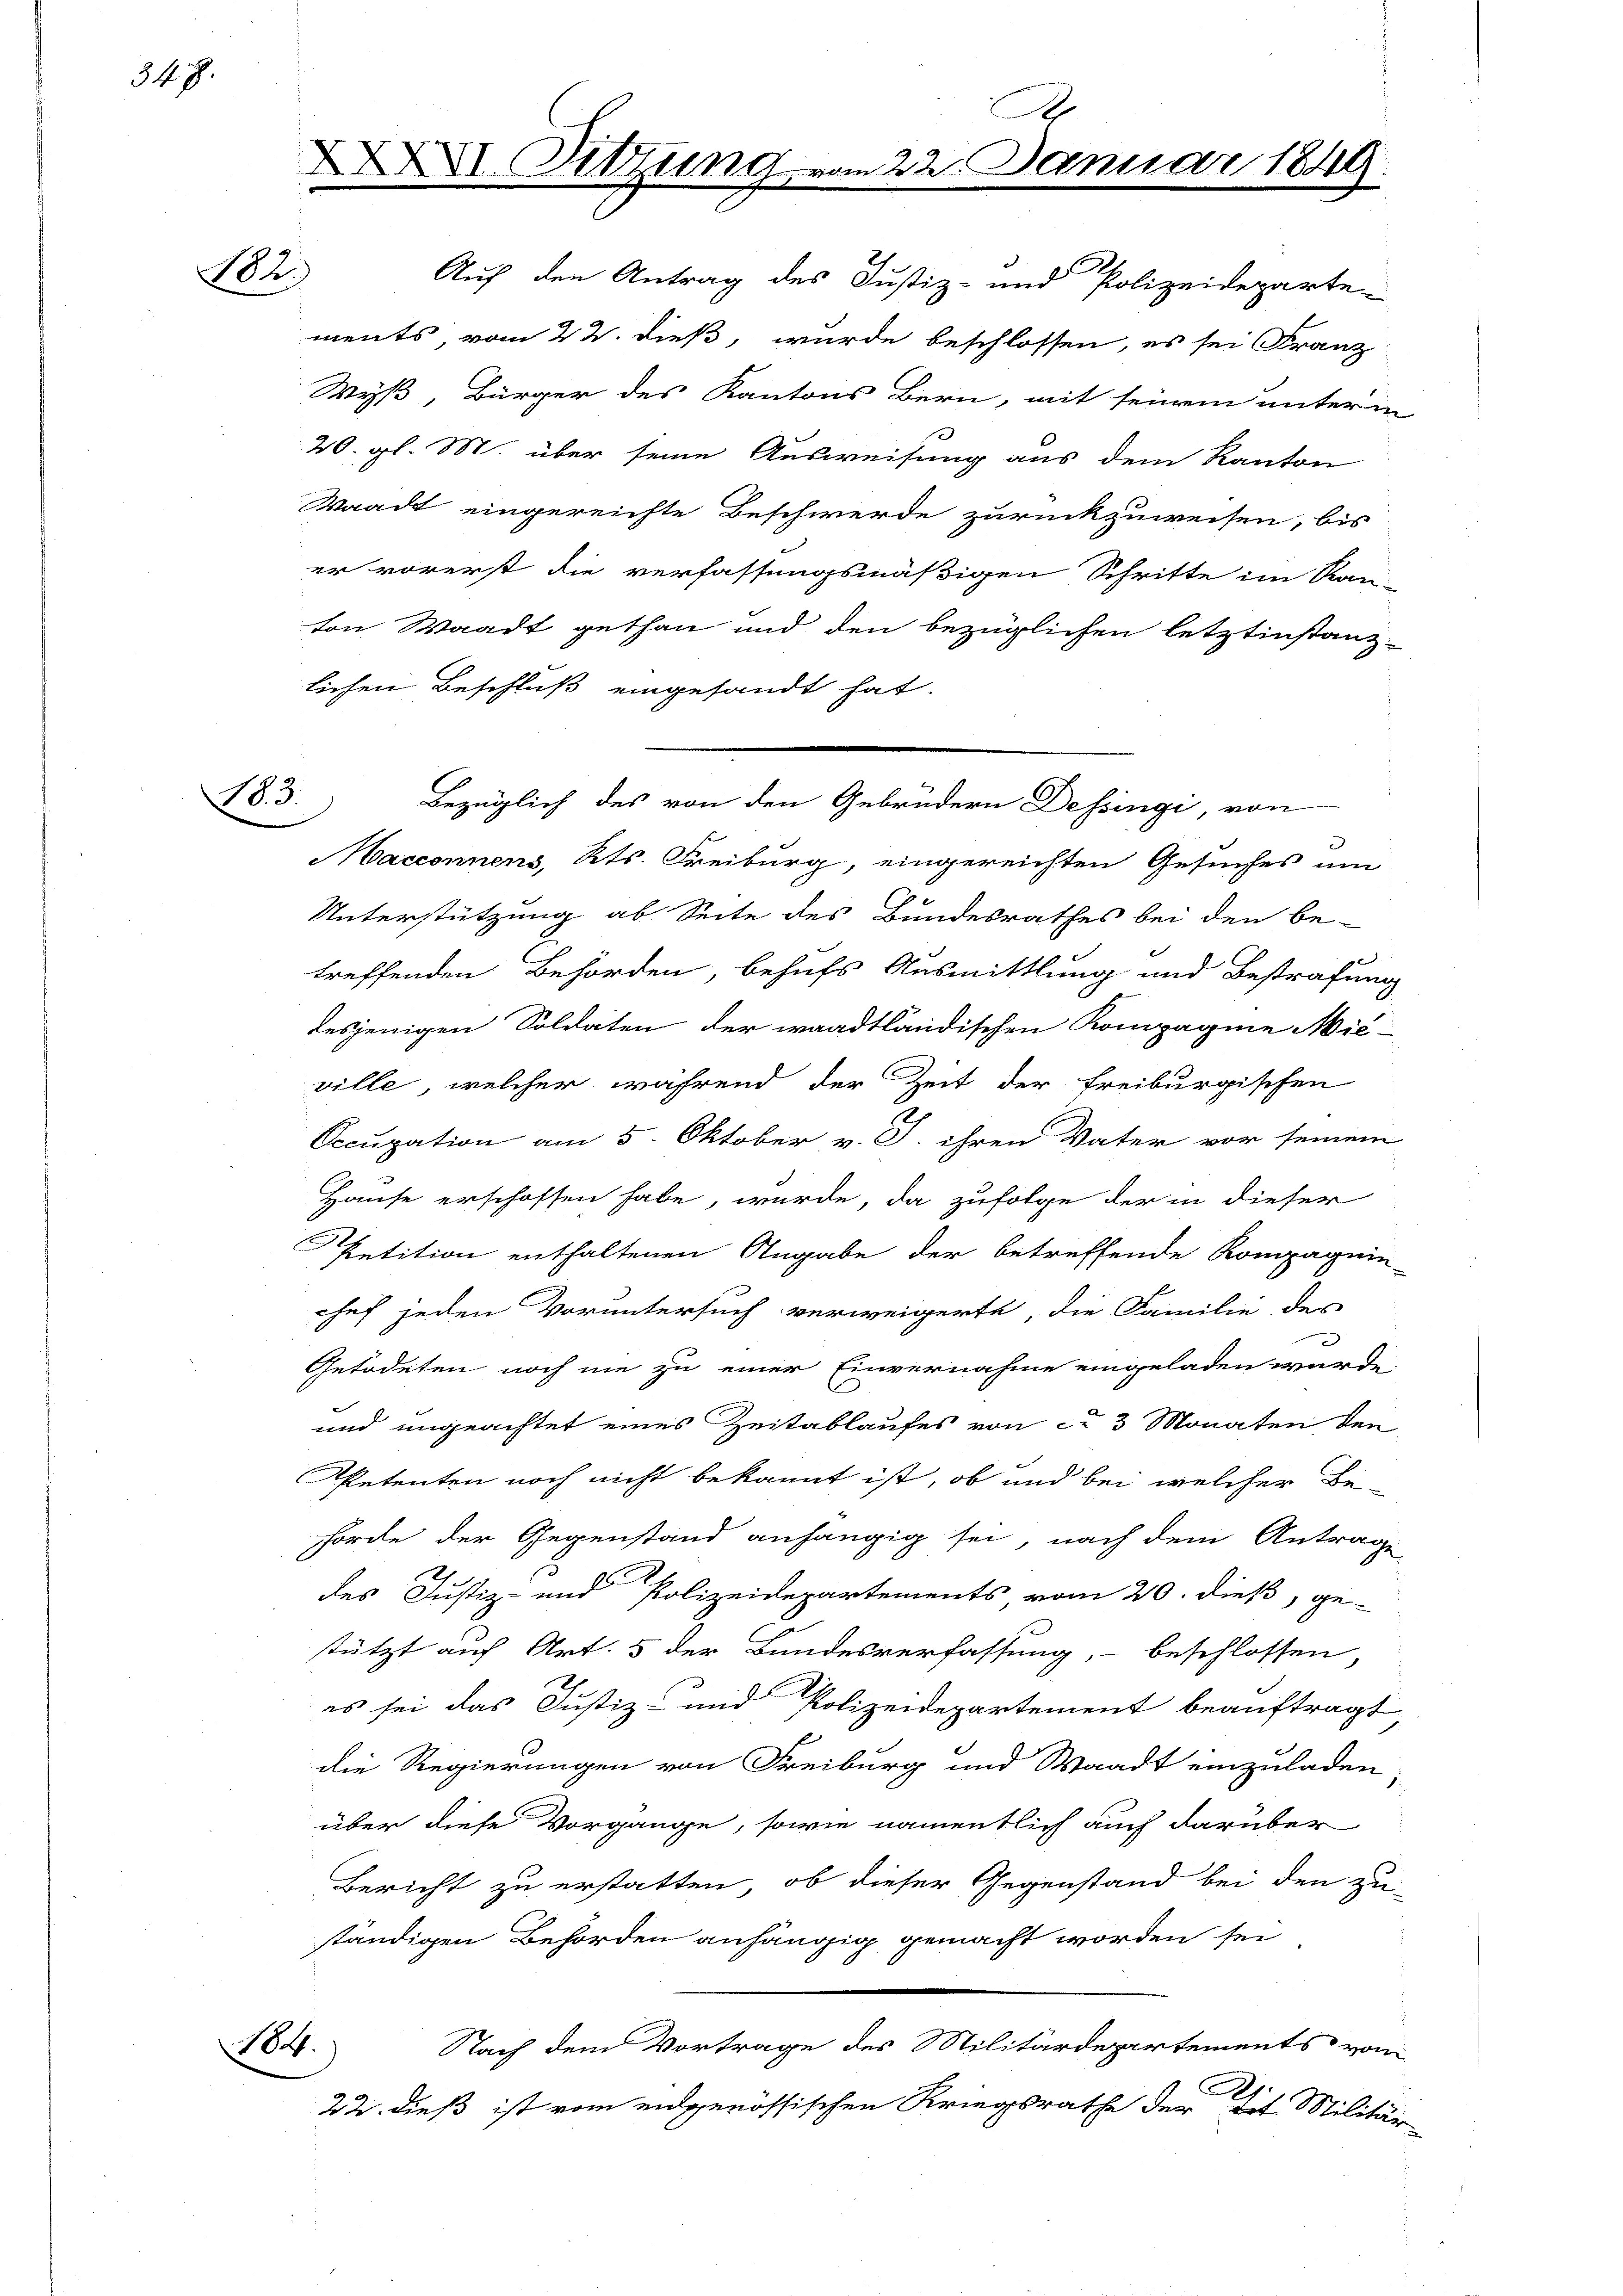
347.

02.

184.

XXXII. Sitzung
.

ments vom 22. dieß, wurde beschlossen, es sei Franz
Wyß, Bürger des Kantons Bern, mit seinem unterm
20. gl. M. über seine Ausweisung aus dem Kanton
Waadt eingereichte Beschwerde zurückzuweisen, bis
er vorerst die verfassungsmäßigen Schritte im Ran-
ton Waadt gethan und den bezüglichen letztinstanz-
lichen Beschluß eingesandt hat.
Haeconnens, Kts. Freiburg, eingereichten Gesuches um
Unterstützung ab Seite des Bundesrathes bei den be-
treffenden Behörden, behufs Ausmittlung und Bestrafung
desjenigen Soldaten der waadtländischen Kompagnie Nieville, welcher während der Zeit der freiburgischen
Occupation am 5. Oktober v. J. ihren Vater vor seinem
Hause erschossen habe, wurde, da zufolge der in dieser
Petition enthaltenen Angabe der betreffende Kompagnie-
hef jeden Voruntersuch verweigerte, die Familie des
Getödeten noch nie zu einer Einvernahme eingeladen würde.
und ungeachtet eines Zeitablaufes von ca 3 Monaten den
Spetenten noch nicht bekannt ist, ob und bei welcher Be-
hörde der Gegenstand anhängig sei, nach dem Antrage
des Justiz- und Polizeidepartements vom 20. dieß, ge-
tützt auf Art. 5 der Bundesverfassung,- beschlossen
es sei das Justiz- und Polizeidepartement beauftragt,
die Regierungen von Freiburg und Waadt einzuladen
über diese Vorgänge, sowie namentlich auch darüber
Bericht zu erstatten, ob dieser Gegenstand bei den zu
ständigen Behörden anhängig gemacht worden sei,
Nach dem Vortrage des Militärdepartements vom
2.
22. dieß ist vom eidgenössischen Kriegsrathe der tit. Militär-

.
m 22. Januar 1849.

18. d. Bezüglich des von den Gebrüdern Dessingi, von